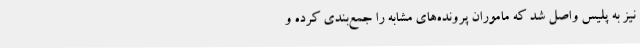
نیز به پلیس واصل شد که ماموران پرونده‌های مشابه را جمع‌بندی کرده و